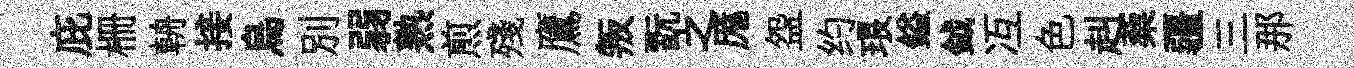
庇栅輈接烏別弱熟煎殘鷹叛翫之厖盌约琅鎰鉞冱色赳蔾疆三那